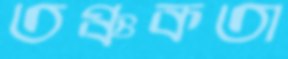
তঞ্চকতা